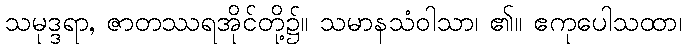
သမုဒ္ဒရာ, ဇာတဿရအိုင်တို့၌။ သမာနသံဝါသာ၊ ၏။ ဧကုပေါသထာ၊